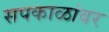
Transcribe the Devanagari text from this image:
सपकाळांवर